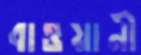
বাওয়ানী